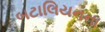
બટાલિયનના